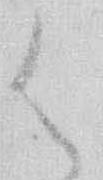
御